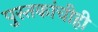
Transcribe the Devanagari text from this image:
पुस्तकांचीही